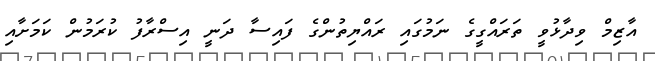
އާޒިމް ވިދާޅުވީ ތަރައްގީގެ ނަމުގައި ރައްޔިތުންގެ ފައިސާ ދަނީ އިސްރާފު ކުރަމުން ކަމަށާއި